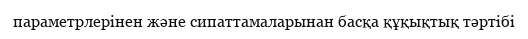
параметрлерінен және сипаттамаларынан басқа құқықтық тәртібі